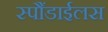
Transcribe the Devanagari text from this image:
स्पौंडाईलस